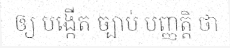
ឲ្យ បង្កើត ច្បាប់ បញ្ញត្តិ ថា